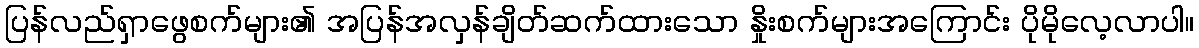
ပြန်လည်ရှာဖွေစက်များ၏ အပြန်အလှန်ချိတ်ဆက်ထားသော နှိုးစက်များအကြောင်း ပိုမိုလေ့လာပါ။